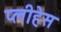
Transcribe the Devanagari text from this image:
प्लीहेस